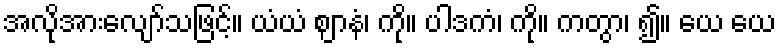
အလိုအားလျော်သဖြင့်။ ယံယံ ဈာနံ၊ ကို။ ပါဒကံ၊ ကို။ ကတွာ၊ ၍။ ယေ ယေ